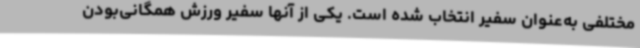
مختلفی به‌عنوان سفیر انتخاب شده است. یکی از آنها سفیر ورزش همگانی‌بودن